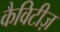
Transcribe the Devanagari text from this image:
कैविटीज़